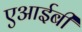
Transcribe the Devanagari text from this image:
एआईबी